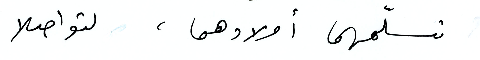
تسلّمهما أولادهما، لتواصلا